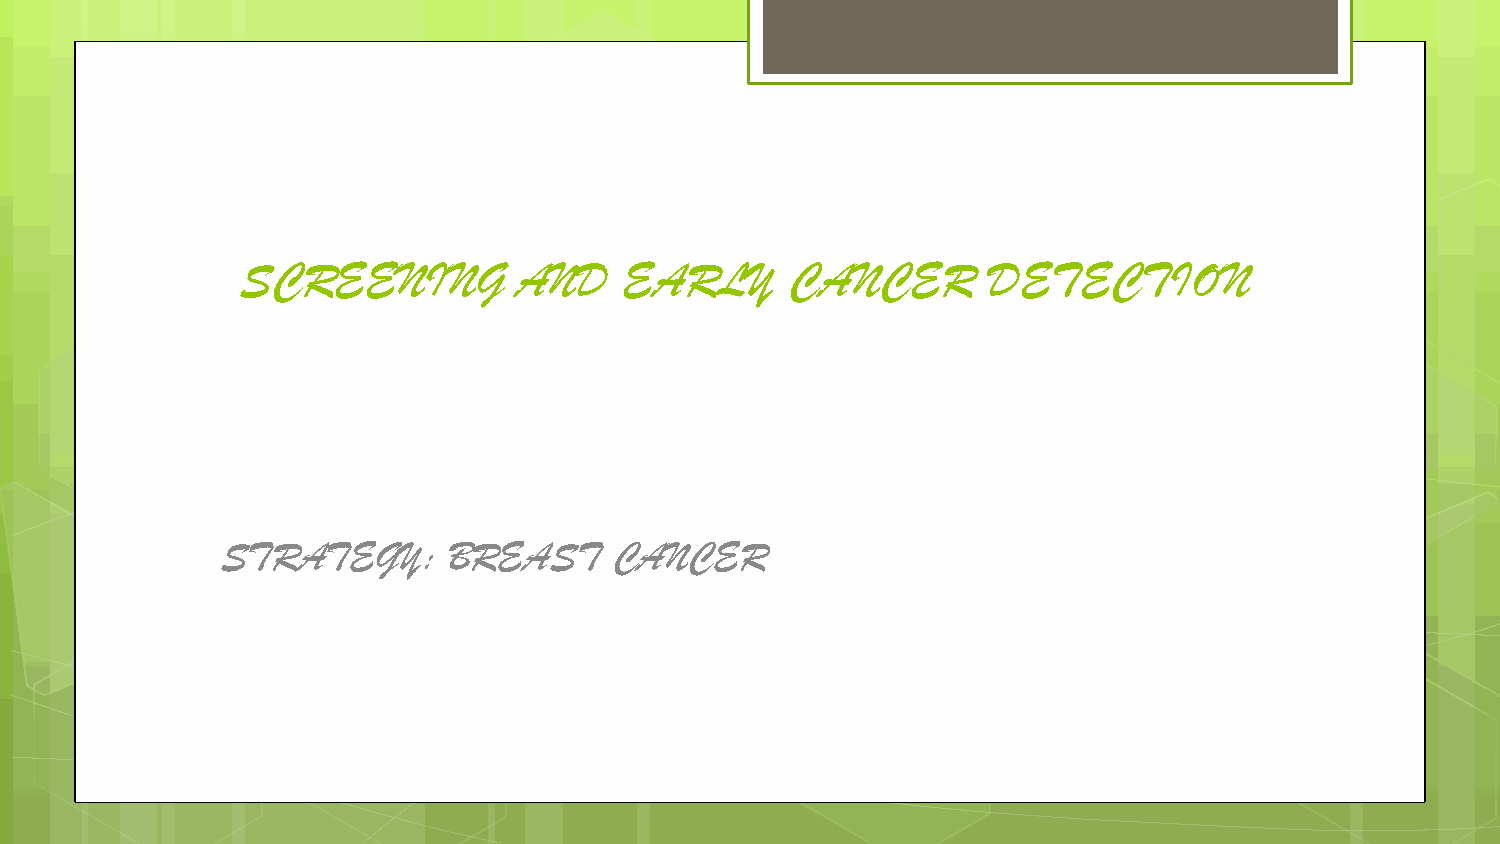
SCREENING         AND    EARLY      CANCER       DETECTION
 STRATEGY:      BREAST     CANCER